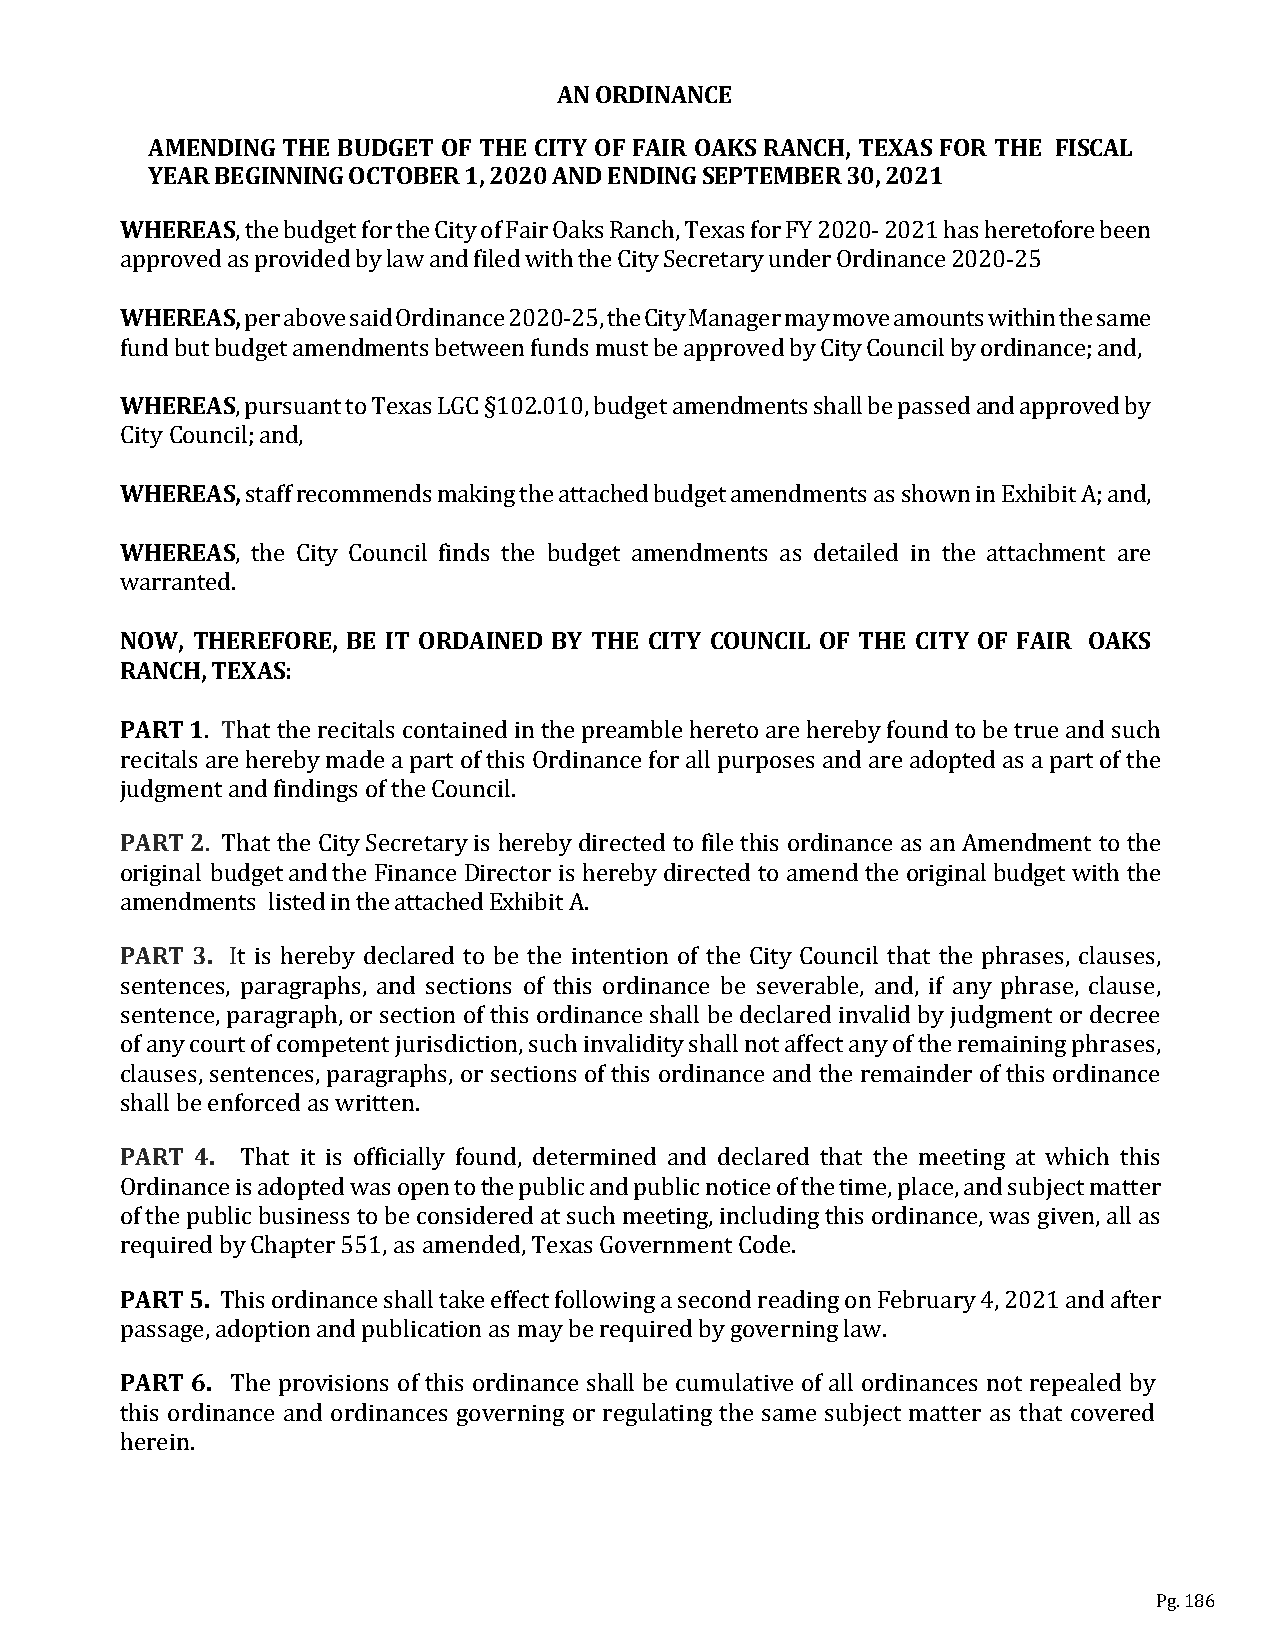
AN ORDINANCE
 AMENDING THE BUDGET OF THE CITY OF FAIR OAK S RANCH, TEXAS FOR THE FISCAL
 YEAR BEGINNING OCTOBER 1, 2020 AND ENDING SEPTEMBER 30, 2021
 WHEREAS
 , the budget for the City of Fair Oaks Ranch, Texas for FY 2020‐ 2021 has heretofore been
 WapHprEoRvEeAd Sa,s provided by law and filed with the City Secretary under Ordinance 2020‐25
 per above said Ordinance 2020‐25, the City Manager may move amounts within the same
 fWunHdE bRuEtA bSudget amendments between funds must be approved by City Council by ordinance; and,
 , pursuant to Texas LGC §102.010, budget amendments shall be passed and approved by
 CWitHyE CRoEuAnSci, l; and,
 WHEREAS staff recommends making the attached budget amendments as shown in Exhibit A; and,
 , the City Council finds the budget amendments as detailed in the attachment are
 wNOarWra,n TteHdE. REFORE, BE IT ORDAINED BY THE CITY COUNCIL OF THE CITY OF FAIR OAKS
 R ANCH, TEXAS:
 PART 1
 . That the recitals contained in the preamble hereto are hereby found to be true and such
 recitals are hereby made a part of this Ordinance for all purposes and are adopted as a part of the
 jPuAdRgmT e2nt and findings of the Council.
 . That the City Secretary is hereby directed to file this ordinance as an Amendment to the
 original budget and the Finance Director is hereby directed to amend the original budget with the
 PamARenTd m3.e nts listed in the attached Exhibit A.
 It is hereby declared to be the intention of the City Council that the phrases, clauses,
 sentences, paragraphs, and sections of this ordinance be severable, and, if any phrase, clause,
 sentence, paragraph, or section of this ordinance shall be declared invalid by judgment or decree
 of any court of competent jurisdiction, such invalidity shall not affect any of the remaining phrases,
 clauses, sentences, paragraphs, or sections of this ordinance and the remainder of this ordinance
 sPhAaRllT b e4 e.nforced as written.
 That it is officially found, determined and declared that the meeting at which this
 Ordinance is adopted was open to the public and public notice of the time, place, and subject matter
 of the public business to be considered at such meeting, including this ordinance, was given, all as
 rPeAqRuTir e5d. by Chapter 551, as amended, Texas Government Code.
 This ordinance shall take effect following a second reading on February 4, 2021 and after
 pPaAsRsaTg 6e,. adoption and publication as may be required by governing law.
 The provisions of this ordinance shall be cumulative of all ordinances not repealed by
 this ordinance and ordinances governing or regulating the same subject matter as that covered
 herein.
 Pg. 186